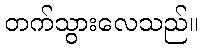
တက်သွားလေသည်။